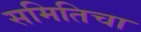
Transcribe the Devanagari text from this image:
समितिचा